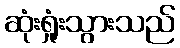
ဆုံးရှုံးသွားသည်